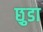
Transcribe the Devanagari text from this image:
छ़ुडा